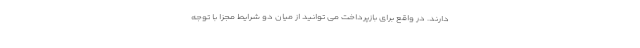
دارند. در واقع برای بازپرداخت می توانید از میان دو شرایط مجزا با توجه